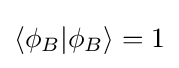
\langle \phi _{B}|\phi _{B}\rangle =1